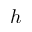
h